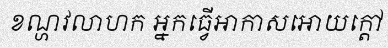
ខណ្ហវលាហក អ្នកធ្វើអាកាសអោយក្តៅ